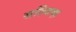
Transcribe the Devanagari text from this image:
सल्विक